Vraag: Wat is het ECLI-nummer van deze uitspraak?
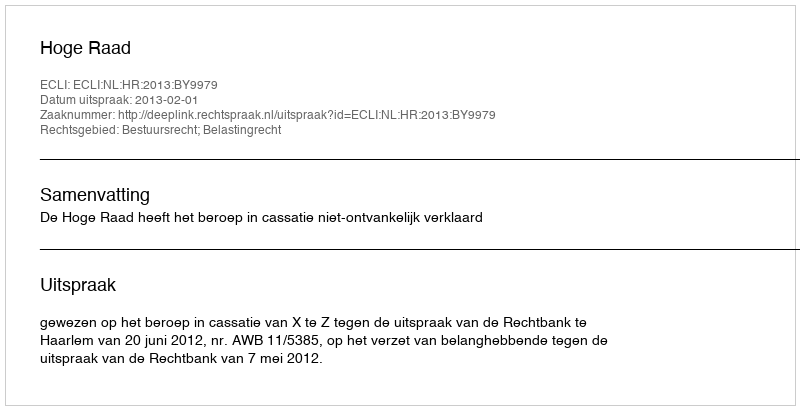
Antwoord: ECLI:NL:HR:2013:BY9979